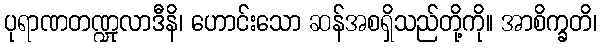
ပုရာဏတဏ္ဍုလာဒီနိ၊ ဟောင်းသော ဆန်အစရှိသည်တို့ကို။ အာစိက္ခတိ၊